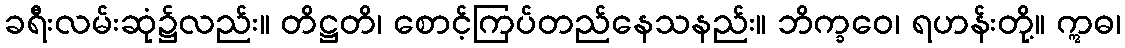
ခရီးလမ်းဆုံ၌လည်း။ တိဋ္ဌတိ၊ စောင့်ကြပ်တည်နေသနည်း။ ဘိက္ခဝေ၊ ရဟန်းတို့။ ဣဓ၊